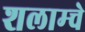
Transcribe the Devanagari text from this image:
शलाम्चे